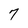
Character: 7